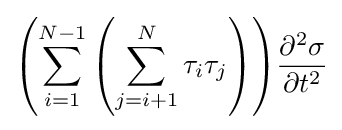
{\left({\sum _{i=1}^{N-1}{\left({\sum _{j=i+1}^{N}{\tau _{i}\tau _{j}}}\right)}}\right)}{\frac {\partial ^{2}{\sigma }}{\partial {t}^{2}}}